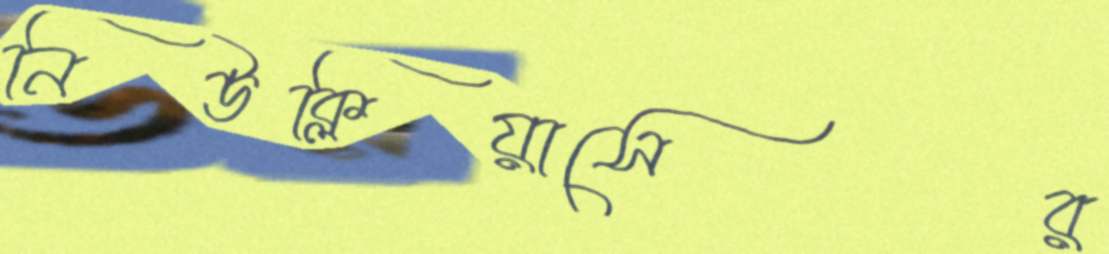
নিউক্লিয়াসের